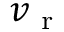
v _ { \mathrm { ~ r ~ } }